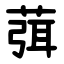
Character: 葞